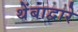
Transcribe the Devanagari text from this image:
थेंबाद्वारे